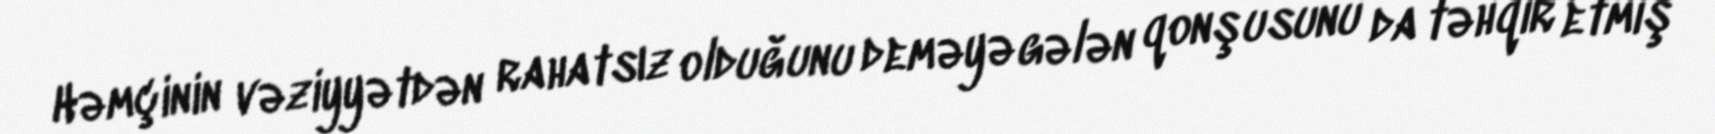
Həmçinin vəziyyətdən rahatsız olduğunu deməyə gələn qonşusunu da təhqir etmiş